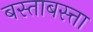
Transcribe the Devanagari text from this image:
बस्ताबस्त्ता